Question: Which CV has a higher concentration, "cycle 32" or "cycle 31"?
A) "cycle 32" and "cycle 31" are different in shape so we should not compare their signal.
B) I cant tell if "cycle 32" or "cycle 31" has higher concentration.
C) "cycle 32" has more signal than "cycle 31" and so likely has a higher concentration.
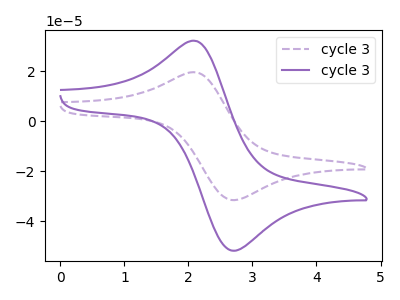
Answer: <think>The purple dashed curve "cycle 31" has an anodic peak at (2.15V, 19.50uA) and a cathodic peak at (2.70V, -31.55uA). The purple curve "cycle 32" has an anodic peak at (2.15V, 32.00uA) and a cathodic peak at (2.70V, -51.80uA).
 All the peaks in "cycle 32" have a peak in "cycle 31" at the same potential. Every peak in "cycle 32" is higher than every peak in "cycle 31".</think>
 <answer>C) "cycle 32" has more signal than "cycle 31" and so likely has a higher concentration.</answer>
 <eval>C</eval>